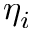
\eta _ { i }